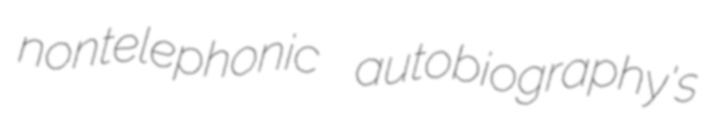
nontelephonic autobiography's